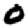
Digit: 0